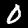
Digit: 0